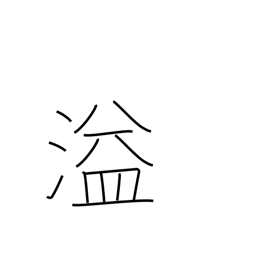
Meaning: spill